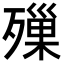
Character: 𣩓